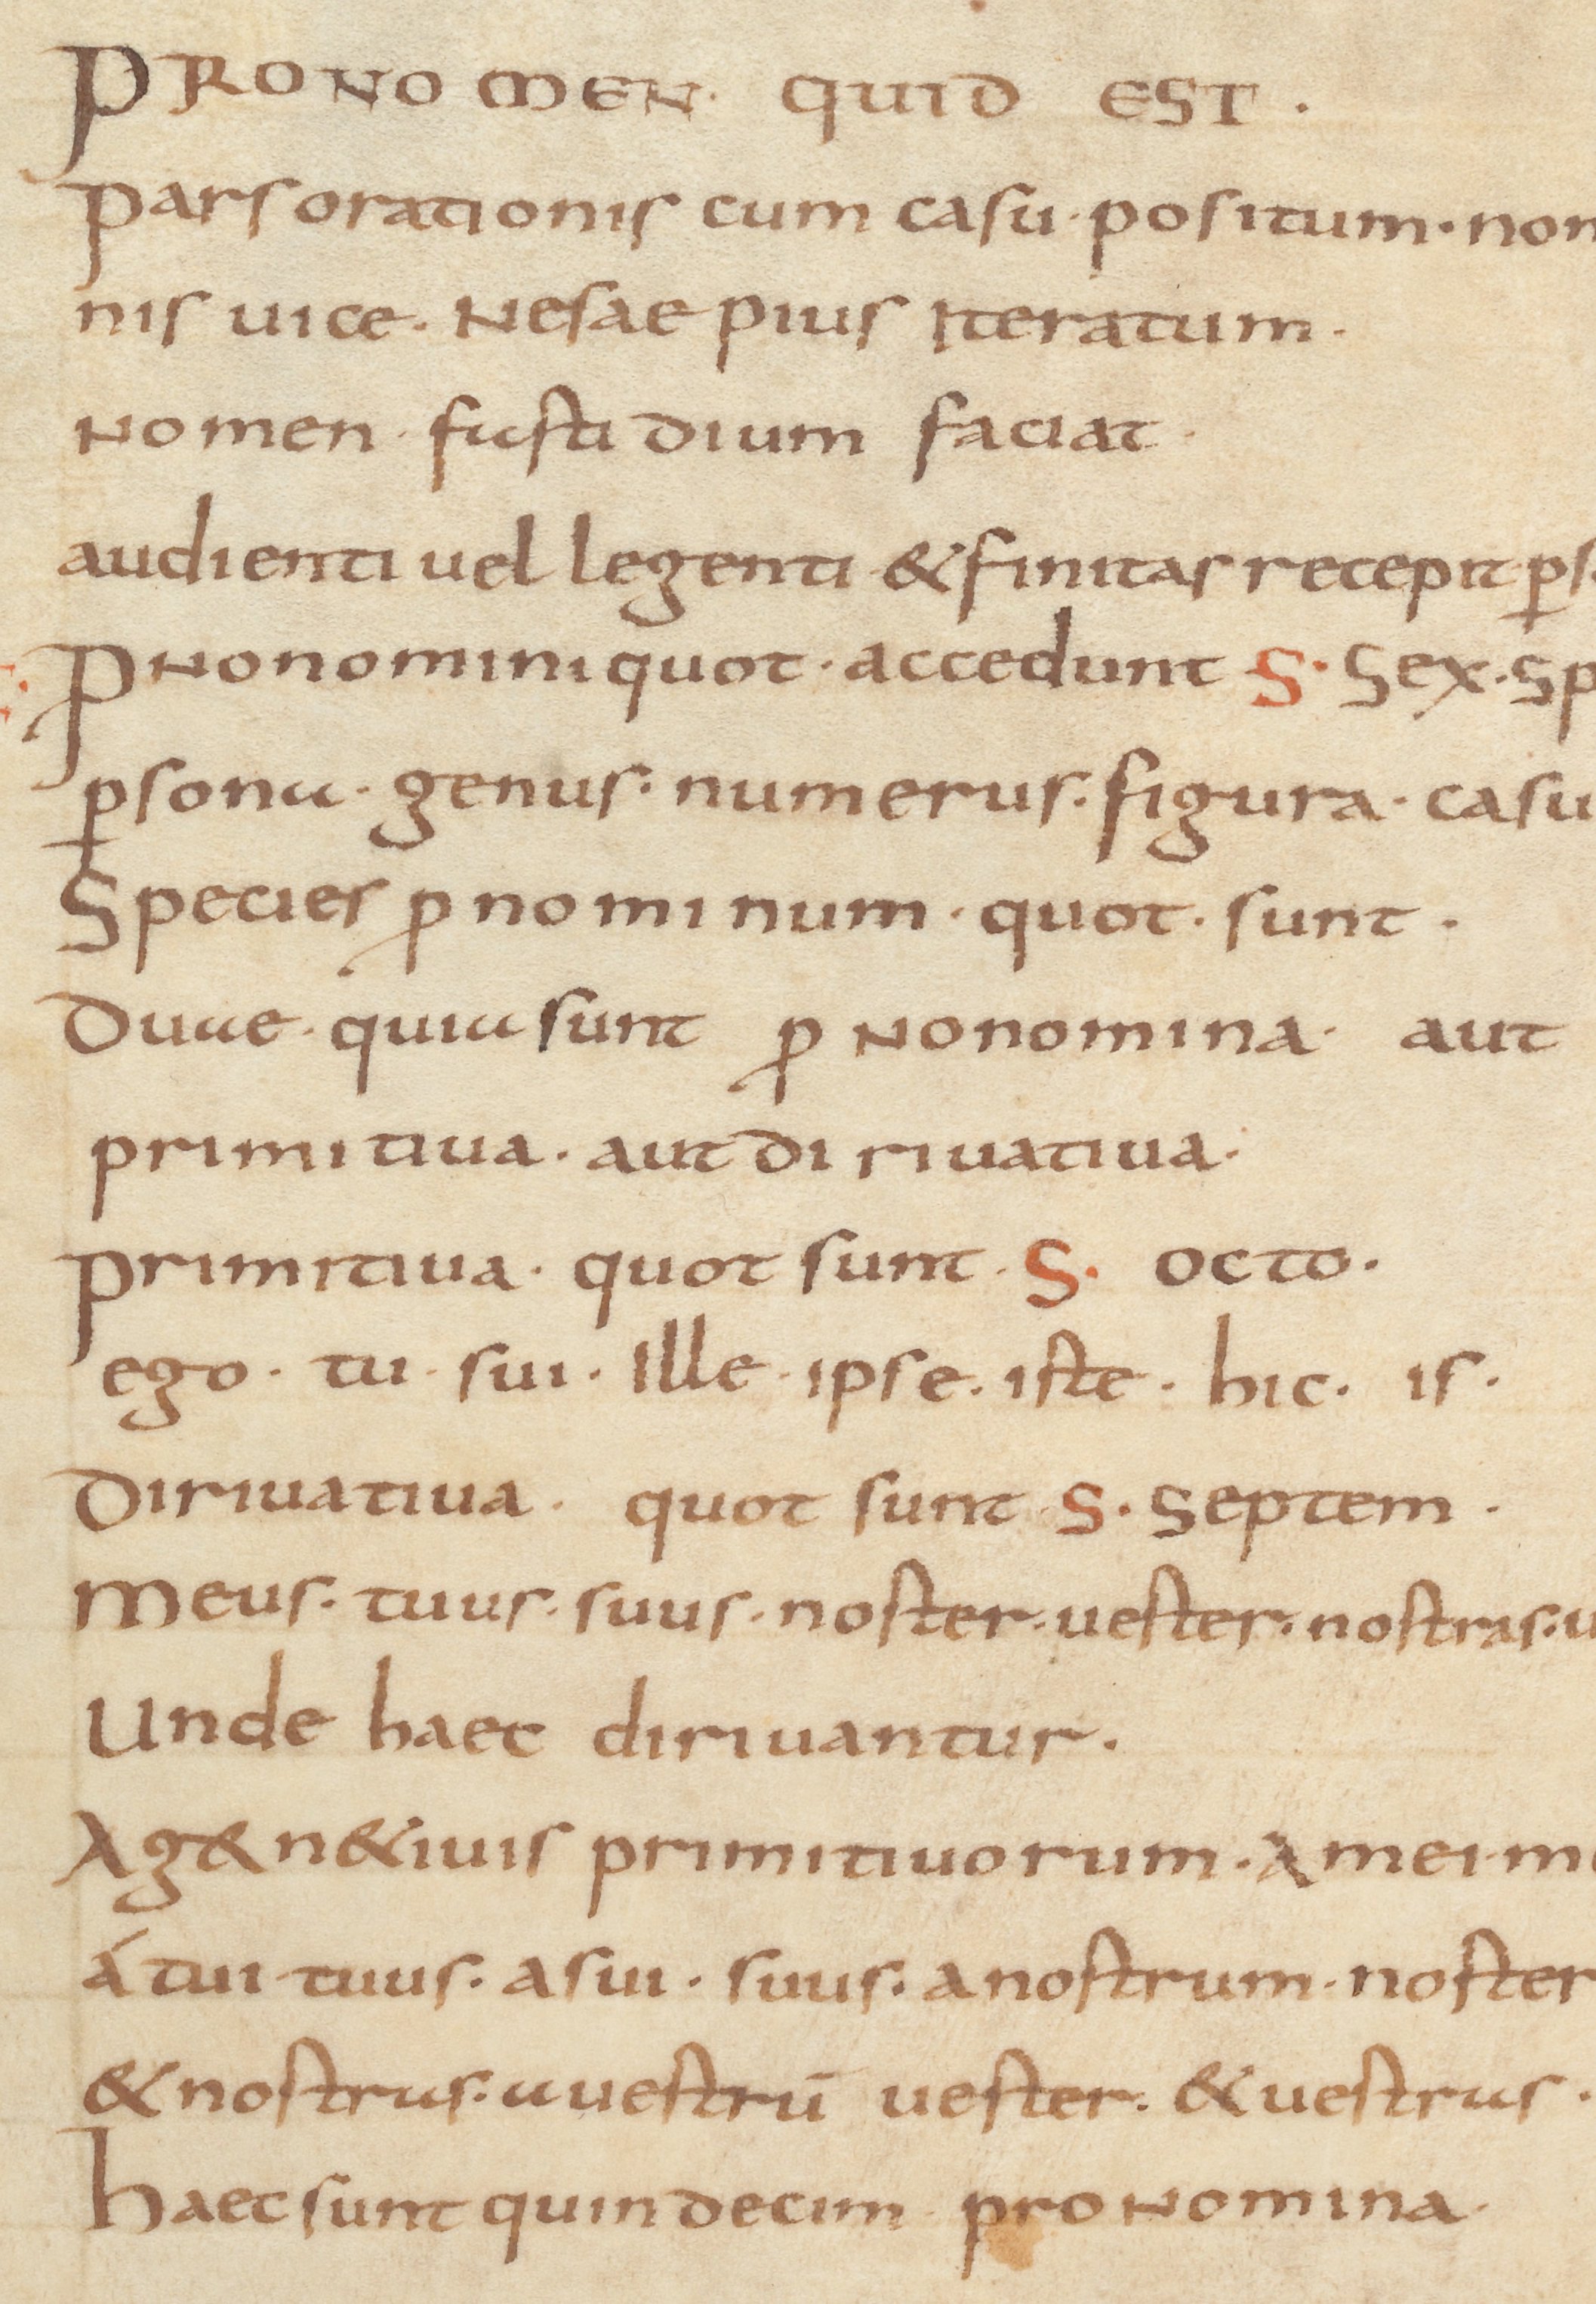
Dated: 800–899